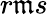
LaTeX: r\mathfrak{m}s